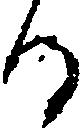
る